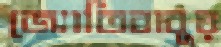
জ্যোতিবাবুর